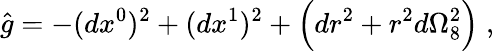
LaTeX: \hat{g}=-(dx^{0})^{2}+(dx^{1})^{2}+\Big(dr^{2}+r^{2}d\Omega_{8}^{2}\Big)\; ,